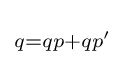
\scriptstyle {q=qp+qp'\,}\!